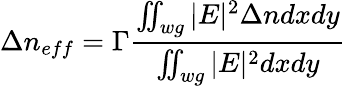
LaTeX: \Delta n_{eff}=\Gamma\frac{\iint_{wg}|E|^{2}\Delta ndxdy}{\iint_{wg}|E|^{2}dxdy}